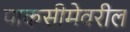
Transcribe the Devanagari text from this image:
पाकसीमेवरील